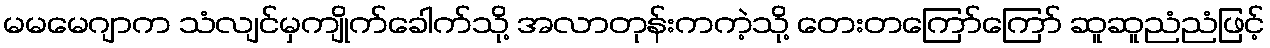
မမမေဂျာက သံလျင်မှကျိုက်ခေါက်သို့ အလာတုန်းကကဲ့သို့ တေးတကြော်ကြော် ဆူဆူညံညံဖြင့်